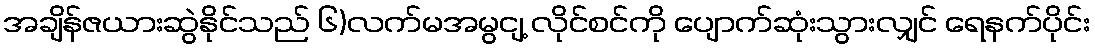
အချိန်ဇယားဆွဲနိုင်သည် ၆)လက်မအမွငျ့ လိုင်စင်ကို ပျောက်ဆုံးသွားလျှင် ရေနက်ပိုင်း